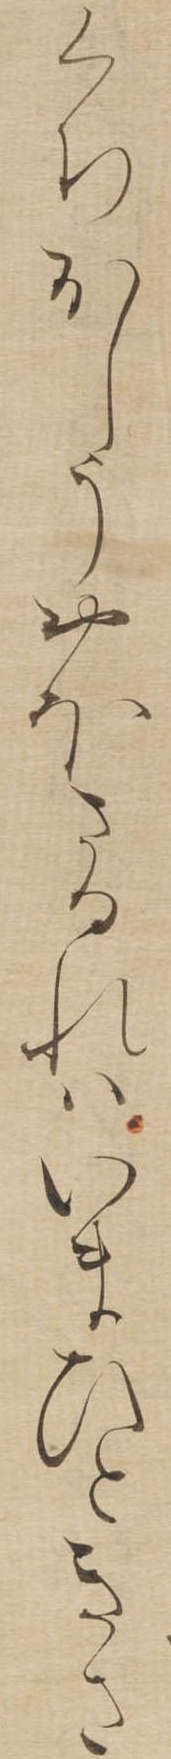
くちおしうおほさるれはいまひときさ